Report on horse surra - Volume I
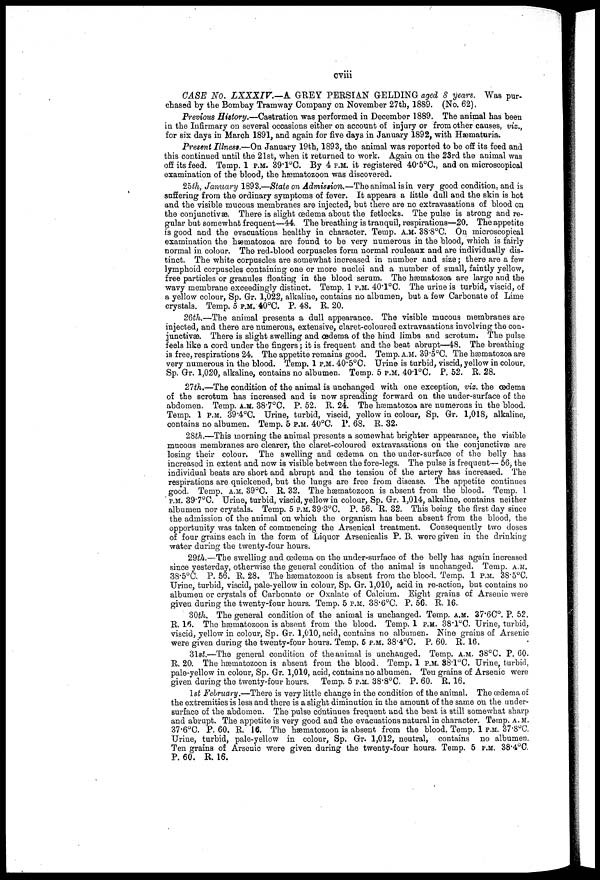
cviii
CASE No. LXXXIV.—A GREY PERSIAN GELDING aged 8 years. Was pur-
chased by the Bombay Tramway Company on November 27th, 1889. (No. 62).
Previous History.—Castration was performed in December 1889. The animal has been
in the Infirmary on several occasions either on account of injury or from other causes, viz.,
for six days in March 1891, and again for five days in January 1892, with Hæmaturia.
Present Illness.—On January 19th, 1893, the animal was reported to be off its feed and
this continued until the 21st, when it returned to work. Again on the 23rd the animal was
off its feed. Temp. 1 P.M. 39.1°C. By 4 P.M. it registered 40.5°C., and on microscopical
examination of the blood, the hæmatozoon was discovered.
25th, January 1893.—State on Admission.—The animal is in very good condition, and is
suffering from the ordinary symptoms of fever. It appears a little dull and the skin is hot
and the visible mucous membranes are injected, but there are no extravasations of blood on
the conjunctivae. There is slight œdema about the fetlocks. The pulse is strong and re-
gular but somewhat frequent—44. The breathing is tranquil, respirations—20. The appetite
is good and the evacuations healthy in character. Temp. A.M. 38.8°C. On microscopical
examination the hæmatozoa are found to be very numerous in the blood, which is fairly
normal in colour. The red-blood corpuscles form normal rouleaux and are individually dis-
tinct. The white corpuscles are somewhat increased in number and size ; there are a few
lymphoid corpuscles containing one or more nuclei and a number of small, faintly yellow,
free particles or granules floating in the blood serum. The hæmatozoa are large and the
wavy membrane exceedingly distinct. Temp. 1 P.M. 40.1°C. The urine is turbid, viscid, of
a yellow colour, Sp. Gr. 1,022, alkaline, contains no albumen, but a few Carbonate of Lime
crystals. Temp. 5 P.M. 40°C. P. 48. R. 20.
26th.—-The animal presents a dull appearance. The visible mucous membranes are
injected, and there are numerous, extensive, claret-coloured extravasations involving the con-
junctivas. There is slight swelling and œdema of the hind limbs and scrotum. The pulse
feels like a cord under the fingers ; it is frequent and the beat abrupt—48. The breathing
is free, respirations 24. The appetite remains good. Temp. A.M. 39.5°C. The hæmatozoa are
very numerous in the blood. Temp. 1 P.M. 40.5°C. Urine is turbid, viscid, yellow in colour,
Sp. Gr. 1,020, alkaline, contains no albumen. Temp. 5 P.M. 40.1°C. P. 52. R. 28.
27th.—The condition of the animal is unchanged with one exception, viz. the œdema
of the scrotum has increased and is now spreading forward on the under-surface of the
abdomen. Temp. A.M. 38.7°C. P. 52. R. 24. The hæmatozoa are numerous in the blood.
Temp. 1 P.M. 39.4°C. Urine, turbid, viscid, yellow in colour, Sp. Gr. 1,018, alkaline,
contains no albumen. Temp. 5 P.M. 40°C. P. 68. R. 32.
28th.—This morning the animal presents a somewhat brighter appearance, the visible
mucous membranes are clearer, the claret-coloured extravasations on the conjunctivae are
losing their colour. The swelling and œdema on the under-surface of the belly has
increased in extent and now is visible between the fore-legs. The pulse is frequent— 56; the
individual beats are short and abrupt and the tension of the artery has increased. The
respirations are quickened, but the lungs are free from disease. The appetite continues
good. Temp. A.M. 39°C. R. 32. The hæmatozoon is absent from the blood. Temp. I
P.M. 39.7°C. Urine, turbid, viscid, yellow in colour, Sp. Gr. 1,014, alkaline, contains neither
albumen nor crystals. Temp. 5 A.M. 39.3°C. P. 56. R. 32. This being the first day since
the admission of the animal on which the organism has been absent from the blood, the
opportunity was taken of commencing the Arsenical treatment. Consequently two closes
of four grains each in the form of Liquor Arsenicalis P. B. were given in the drinking
water during the twenty-four hours.
29th.—The swelling and œdema on the under-surface of the belly has again increased
since yesterday, otherwise the general condition of the animal is unchanged. Temp. A.M.
38.5°C. P. 56. R. 28. The hæmatozoon is absent from the blood. Temp. 1 P.M. 38.5°C.
Urine, turbid, viscid, pale-yellow in colour, Sp. Gr. 1,010, acid in re-action, but contains no
albumen or crystals of Carbonate or Oxalate of Calcium. Eight grains of Arsenic were
given during the twenty-four hours. Temp. 5 P.M. 38.6°C. P. 56. R. 16.
30th. The general condition of the animal is unchanged. Temp. A.M. 37.6C°. P. 52.
R. 16. The hæmatozoon is absent from the blood. Temp. 1 P.M. 38.1°C. Urine, turbid,
viscid, yellow in colour, Sp. Gr. 1,010, acid, contains no albumen. Nine grains of Arsenic
were given during the twenty-four hours. Temp. 5 P.M. 38.4°C. P. 60. R. 16.
31st.—The general condition of the animal is unchanged. Temp. A.M. 38°C. P. 60.
R. 20. The hæniatozoon is absent from the blood. Temp. 1 P.M. 38.l°C. Urine, turbid,
pale-yellow in colour, Sp. Gr. 1,010, acid, contains no albumen. Ten grains of Arsenic were
given during the twenty-four hours. Temp. 5 P.M. 38.8°C. P. 60. R. 16.
1st February.—There is very little change in the condition of the animal. The œdemaof
the extremities is less and there is a slight diminution in the amount of the same on the under-
surface of the abdomen. The pulse continues frequent and the beat is still somewhat sharp
and abrupt. The appetite is very good and the evacuations natural in character. Temp. A.M.
37.6°C. P. 60. R. 16. The hæmatozoon is absent from the blood. Temp. 1 P.M. 37.8°C.
Urine, turbid, pale-yellow in colour, Sp. Gr. 1,012, neutral, contains no albumen.
Ten grains of Arsenic were given during the twenty-four hours. Temp. 5 P.M. 38.4ºC,
P. 60. R. 16.